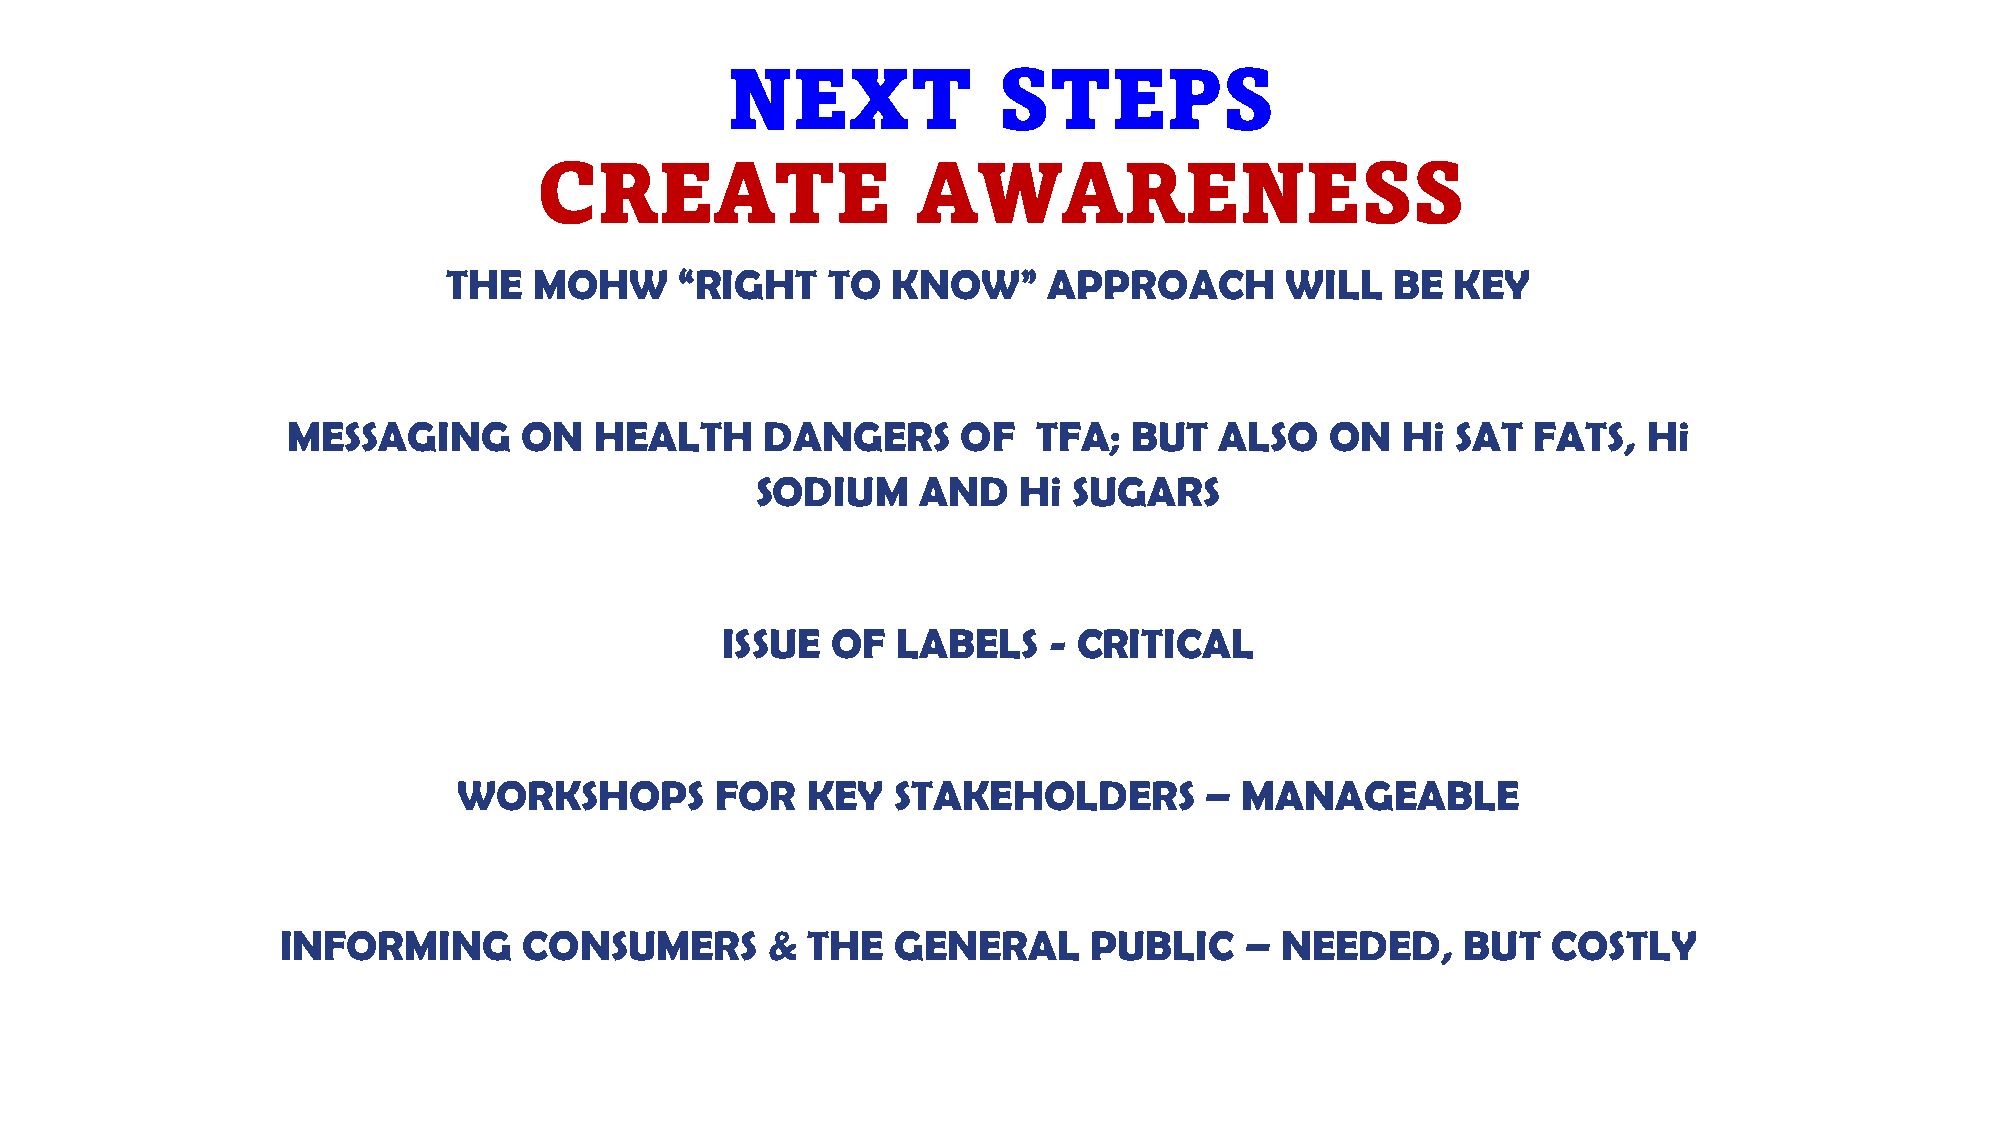
NEXT              STEPS
 CREATE                   AWARENESS
 THE  MOHW      “RIGHT    TO  KNOW”     APPROACH        WILL   BE  KEY
 MESSAGING      ON   HEALTH      DANGERS      OF   TFA;  BUT   ALSO   ON   Hi SAT  FATS,   Hi
 SODIUM     AND   Hi  SUGARS
 ISSUE  OF  LABELS    - CRITICAL
 WORKSHOPS        FOR   KEY   STAKEHOLDERS         – MANAGEABLE
 INFORMING       CONSUMERS       & THE   GENERAL      PUBLIC    –  NEEDED,     BUT   COSTLY